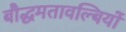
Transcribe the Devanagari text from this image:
बौद्धमतावल्बियों